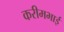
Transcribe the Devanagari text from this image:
करीमभाई